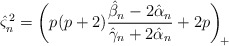
\begin{align*} \hat{\varsigma}_n^{\,2} = \bigg( p(p+2)\frac{\hat{\beta}_n - 2\hat{\alpha}_n}{\hat{\gamma}_n + 2\hat{\alpha}_n} +2p\bigg)_{\!+}\end{align*}